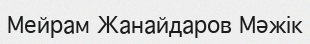
Мейрам Жанайдаров Мәжік